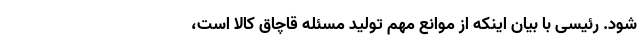
شود. رئیسی با بیان اینکه از موانع مهم تولید مسئله قاچاق کالا است،